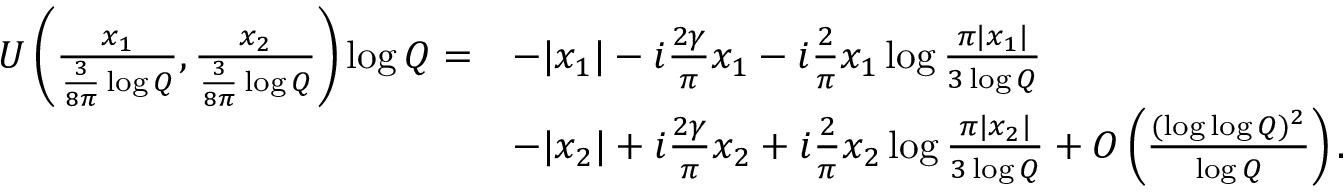
\begin{array} { r l } { U \left( \frac { x _ { 1 } } { \frac { 3 } { 8 \pi } \log Q } , \frac { x _ { 2 } } { \frac { 3 } { 8 \pi } \log Q } \right) \log Q = } & { - | x _ { 1 } | - i \frac { 2 \gamma } { \pi } x _ { 1 } - i \frac { 2 } { \pi } x _ { 1 } \log \frac { \pi | x _ { 1 } | } { 3 \log Q } } \\ & { - | x _ { 2 } | + i \frac { 2 \gamma } { \pi } x _ { 2 } + i \frac { 2 } { \pi } x _ { 2 } \log \frac { \pi | x _ { 2 } | } { 3 \log Q } + O \left( \frac { ( \log \log Q ) ^ { 2 } } { \log Q } \right) . } \end{array}